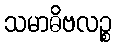
သမာဓိဗလဉ္စ